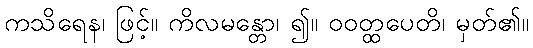
ကသိရေန၊ ဖြင့်။ ကိလမန္တော၊ ၍။ ဝဝတ္ထပေတိ၊ မှတ်၏။